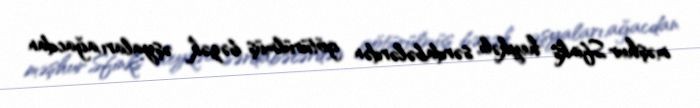
məşhur Sfinks heykəli, sərdabələrdən götürülmüş bəzək əşyaları,ağacdan